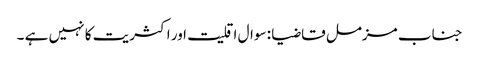
جناب مزمل قاضیا : سوال اقلیت اور اکثریت کا نہیں ہے ۔